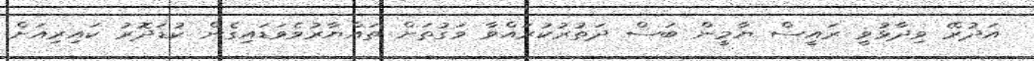
އަދުރޭ ވިދާޅުވީ ރައީސް ޔާމީން ބަސް ދަތުރުކުރައްވާ ވަގުތަށް ތައްޔާރުވެވަޑައިގެން ކުޑަދޮރު ކައިރިއަށް